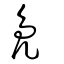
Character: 鳬